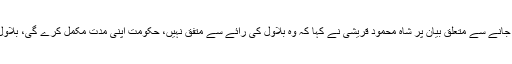
بلاول بھٹو زرداری کے حکومت کے جانے سے متعلق بیان پر شاہ محمود قریشی نے کہا کہ وہ بلاول کی رائے سے متفق نہیں، حکومت اپنی مدت مکمل کرے گی، بلاول کو سندھ کے حالات دیکھنے چاہیئں۔